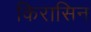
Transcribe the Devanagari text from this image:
किरासिन